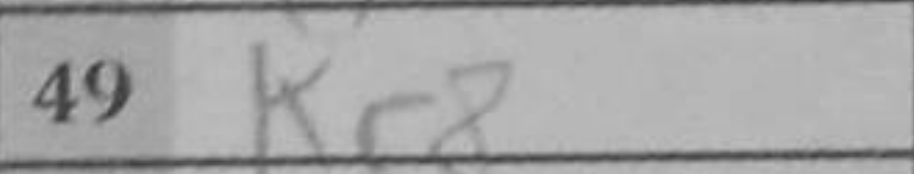
Transcription: Kc8